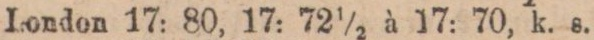
London 17: 80, 17: 72 ½ à 17: 70, k. s.